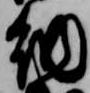
納